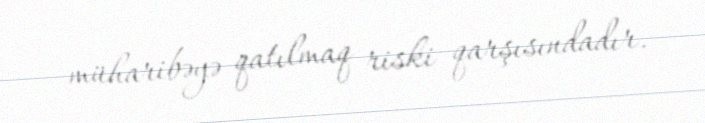
müharibəyə qatılmaq riski qarşısındadır.